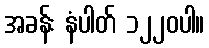
အခန်း နံပါတ် ၁၂၂၀ပါ။